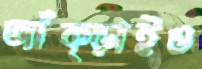
আঁক্‌ড়াইও